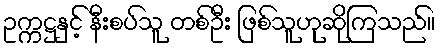
ဥက္ကဋ္ဌနှင့် နီးစပ်သူ တစ်ဦး ဖြစ်သူဟုဆိုကြသည်။